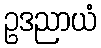
ဥဒညာယံ